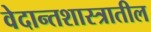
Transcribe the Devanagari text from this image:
वेदान्तशास्त्रातील